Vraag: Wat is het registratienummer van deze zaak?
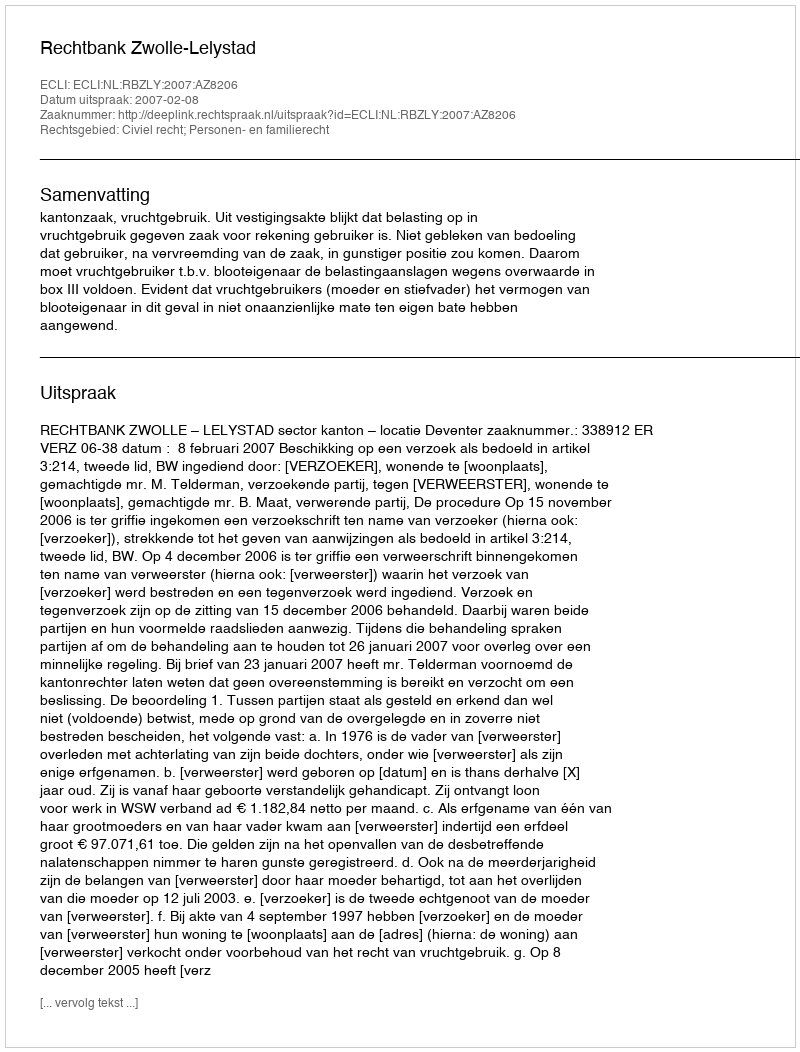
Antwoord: http://deeplink.rechtspraak.nl/uitspraak?id=ECLI:NL:RBZLY:2007:AZ8206